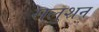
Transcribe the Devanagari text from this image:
सलुशन